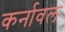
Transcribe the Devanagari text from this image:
कर्नावल